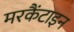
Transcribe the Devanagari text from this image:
मरकैंटाइन